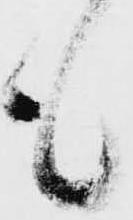
も